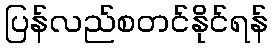
ပြန်လည်စတင်နိုင်ရန်